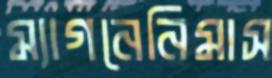
ম্যাগনেনিমাস